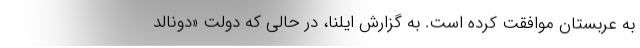
به عربستان موافقت کرده است. به گزارش ایلنا، در حالی که دولت «دونالد